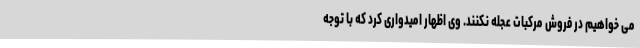
می خواهیم در فروش مرکبات عجله نکنند. وی اظهار امیدواری کرد که با توجه